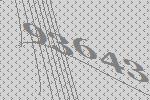
93643